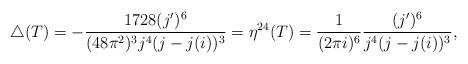
LaTeX: \begin{align*}\triangle(T)= -\frac{1728(j^{\prime})^6}{(48 \pi^2)^3 j^4 (j-j(i))^3}= \eta^{24}(T)= \frac{1}{(2 \pi i)^6}\frac{(j^{\prime})^6}{j^4 (j-j(i))^3},\end{align*}